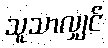
သူသာလျှင်